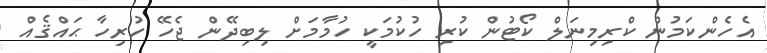
އެހެންކަމުން ކްރިމިނަލް ކޯޓުން ކުރި ހުކުމަކީ ހުމާމަށް ލިބިދޭން ޖެހޭ ހުރިހާ ޙައްޤެއް